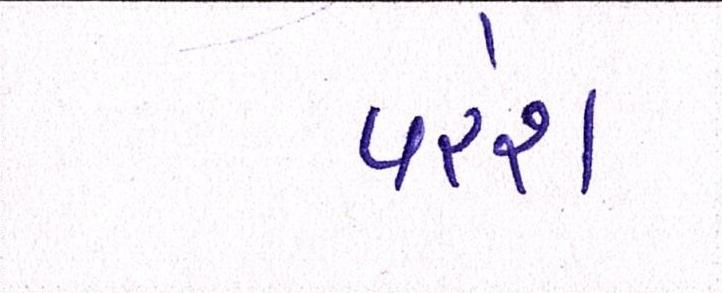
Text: પરેશ